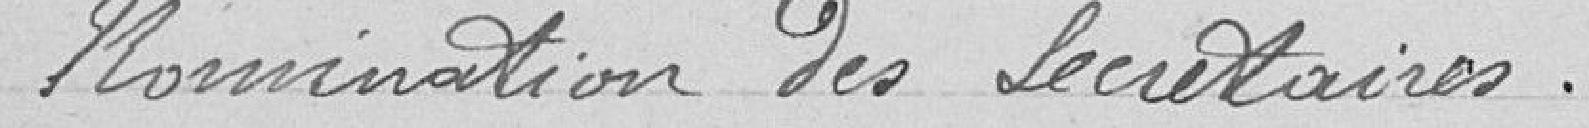
Nomination des secrétaires